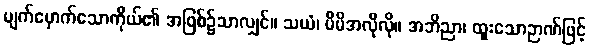
မျက်မှောက်သောကိုယ်၏ အဖြစ်၌သာလျှင်။ သယံ၊ မိမိအလိုလို။ အဘိညာ၊ ထူးသောဉာဏ်ဖြင့်